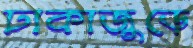
ঢাকাজুড়ে